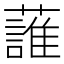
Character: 𧀣